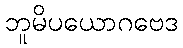
ဘူမိပယောဂဗေဒ